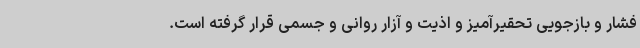
فشار و بازجویی تحقیرآمیز و اذیت و آزار روانی و جسمی قرار گرفته است.